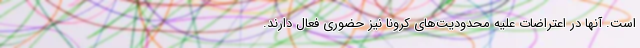
است. آنها در اعتراضات علیه محدودیت‌های کرونا نیز حضوری فعال دارند.